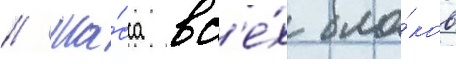
// Ма́сса вс'е́х бло́ков